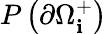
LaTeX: P\left(\partial\Omega_{\mathbf{i}}^{+}\right)